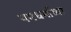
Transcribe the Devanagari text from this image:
यमधर्माच्या